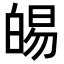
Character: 𭽛